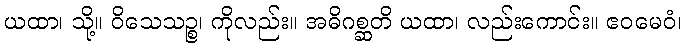
ယထာ၊ သို့။ ဝိသေသဉ္စ၊ ကိုလည်း။ အဓိဂစ္ဆတိ ယထာ၊ လည်းကောင်း။ ဧဝမေဝံ၊